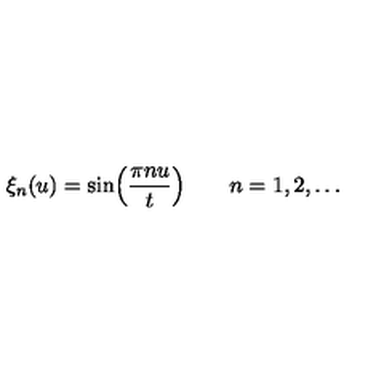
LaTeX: \xi _ { n } ( u ) = \sin \Bigl ( { \frac { \pi n u } { t } } \Bigr ) \qquad n = 1 , 2 , \dots